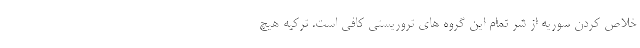
خلاص کردن سوریه از شر تمام این گروه های تروریستی کافی است. ترکیه هیچ